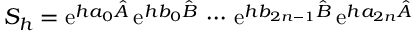
S _ { h } = \ensuremath { \mathrm { e } } ^ { h a _ { 0 } \hat { A } } \, \ensuremath { \mathrm { e } } ^ { h b _ { 0 } \hat { B } } \, \cdots \, \ensuremath { \mathrm { e } } ^ { h b _ { 2 n - 1 } \hat { B } } \, \ensuremath { \mathrm { e } } ^ { h a _ { 2 n } \hat { A } }